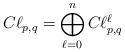
LaTeX: \begin{align*}C\ell_{p, q} = \bigoplus_{\ell =0}^nC\ell_{p, q}^\ell\end{align*}